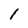
Character: 1